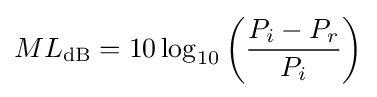
ML_{\mathrm {dB} }=10\log _{10}{\bigg (}{\frac {P_{i}-P_{r}}{P_{i}}}{\bigg )}